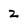
Character: 2